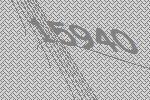
15940